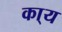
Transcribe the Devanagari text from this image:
का्य